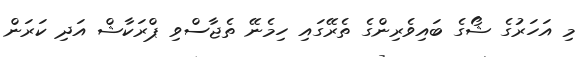
މި އަހަރުގެ ޝޯގެ ބައިވެރިންގެ ތެރޭގައި ހިމެނޭ ތެޖާސްވި ޕްރަކާޝް އަދި ކަރަން